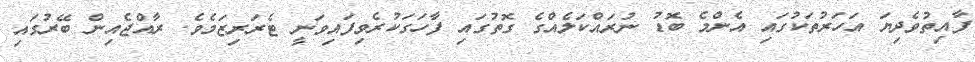
ފާއިތުވެދިޔަ އަހަރުތަކުގައި އެންމެ ބޮޑު ނުރައްކަލެއްގެ ގޮތުގައި ފާހަގަކުރެވިފައިވަނީ ޓެރަރިޒަމެވެ. ރާއްޖެއިން ބޭރުގައި